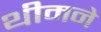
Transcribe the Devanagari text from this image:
थीमने